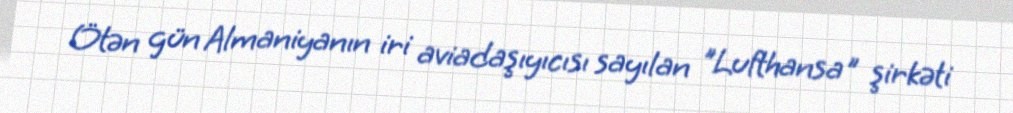
Ötən gün Almaniyanın iri aviadaşıyıcısı sayılan "Lufthansa" şirkəti